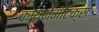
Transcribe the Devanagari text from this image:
कायनेमॅटिक्स